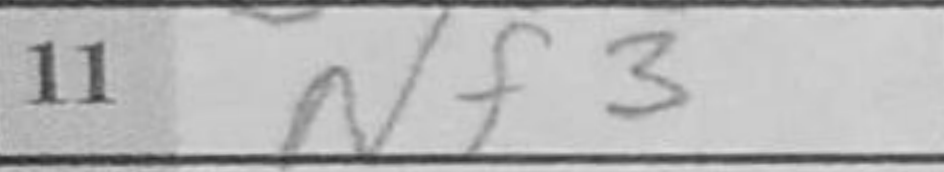
Transcription: Nf3